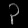
Digit: ၃